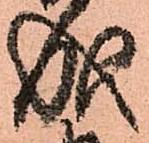
成